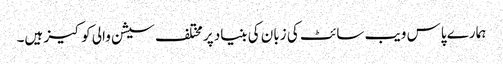
ہمارے پاس ویب سائٹ کی زبان کی بنیاد پر مختلف سیشن والی کوکیز ہیں۔